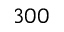
3 0 0